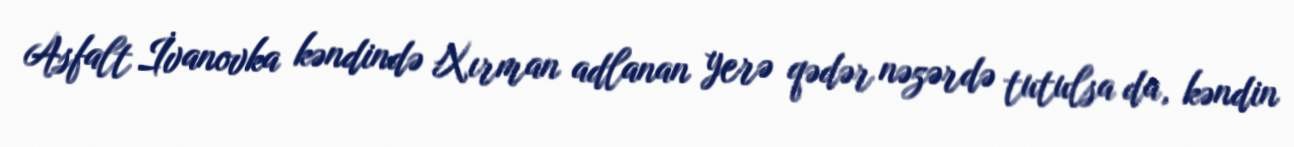
Asfalt İvanovka kəndində Xırman adlanan yerə qədər nəzərdə tutulsa da, kəndin